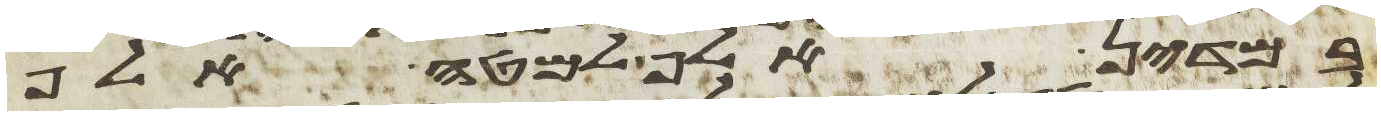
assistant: במדין אלף למטה אלף